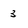
Character: 3